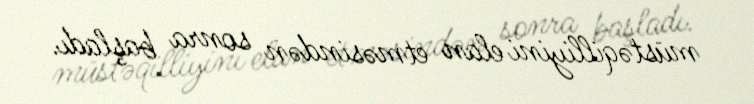
müstəqilliyini elan etməsindən sonra başladı.